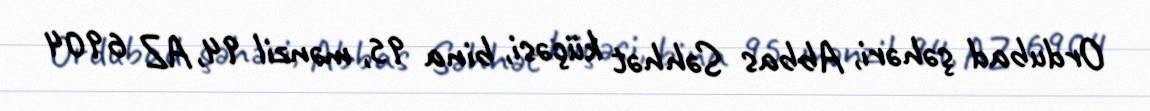
Ordubad şəhəri, Abbas Səhhət küçəsi, bina 95, mənzil 94, AZ 6904